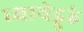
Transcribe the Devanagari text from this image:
ध्यायेद्गुरुं